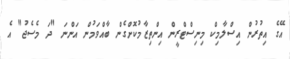
އޭގެ އިތުރުން އިސްލާމިކް މިނިސްޓްރީން އިންތިޒާމުކޮށްގެން ބާއްވަމުން އަންނަ "ދަ މެސެޖު" އެ